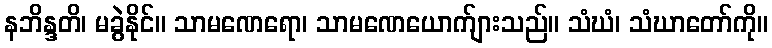
နဘိန္ဒတိ၊ မခွဲနိုင်။ သာမဏေရော၊ သာမဏေယောက်ျားသည်။ သံဃံ၊ သံဃာတော်ကို။